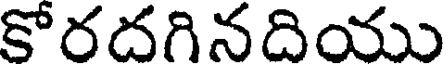
కోరదగినదియు